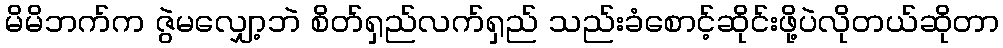
မိမိဘက်က ဇွဲမလျှော့ဘဲ စိတ်ရှည်လက်ရှည် သည်းခံစောင့်ဆိုင်းဖို့ပဲလိုတယ်ဆိုတာ